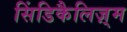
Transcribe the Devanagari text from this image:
सिंडिकैलिज़्म